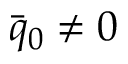
\bar { q } _ { 0 } \neq 0